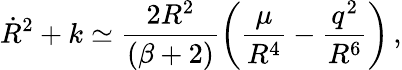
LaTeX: \dot{R}^{2}+k\simeq\frac{2R^{2}}{(\beta+2)}\left(\frac{\mu}{R^{4}}-\frac{q^{2}}{R^{6}}\right)\, ,